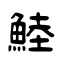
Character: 鯥